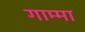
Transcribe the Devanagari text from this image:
गाम्मा